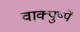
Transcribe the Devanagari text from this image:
वाक्पुष्पें